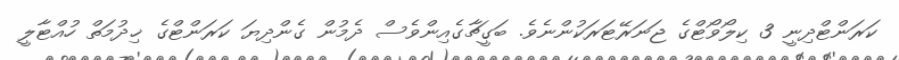
ކަރަންޓްދިނީ 3 ކިލޯވޯޓްގެ ޖަނަރޭޓަރަކުންނެވެ. ބަގީޗާގެއިންވެސް ދެމުން ގެންދިޔަ ކަރަންޓްގެ ޚިދުމަތް ހުއްޓާލީ